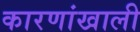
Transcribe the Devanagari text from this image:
कारणांखाली